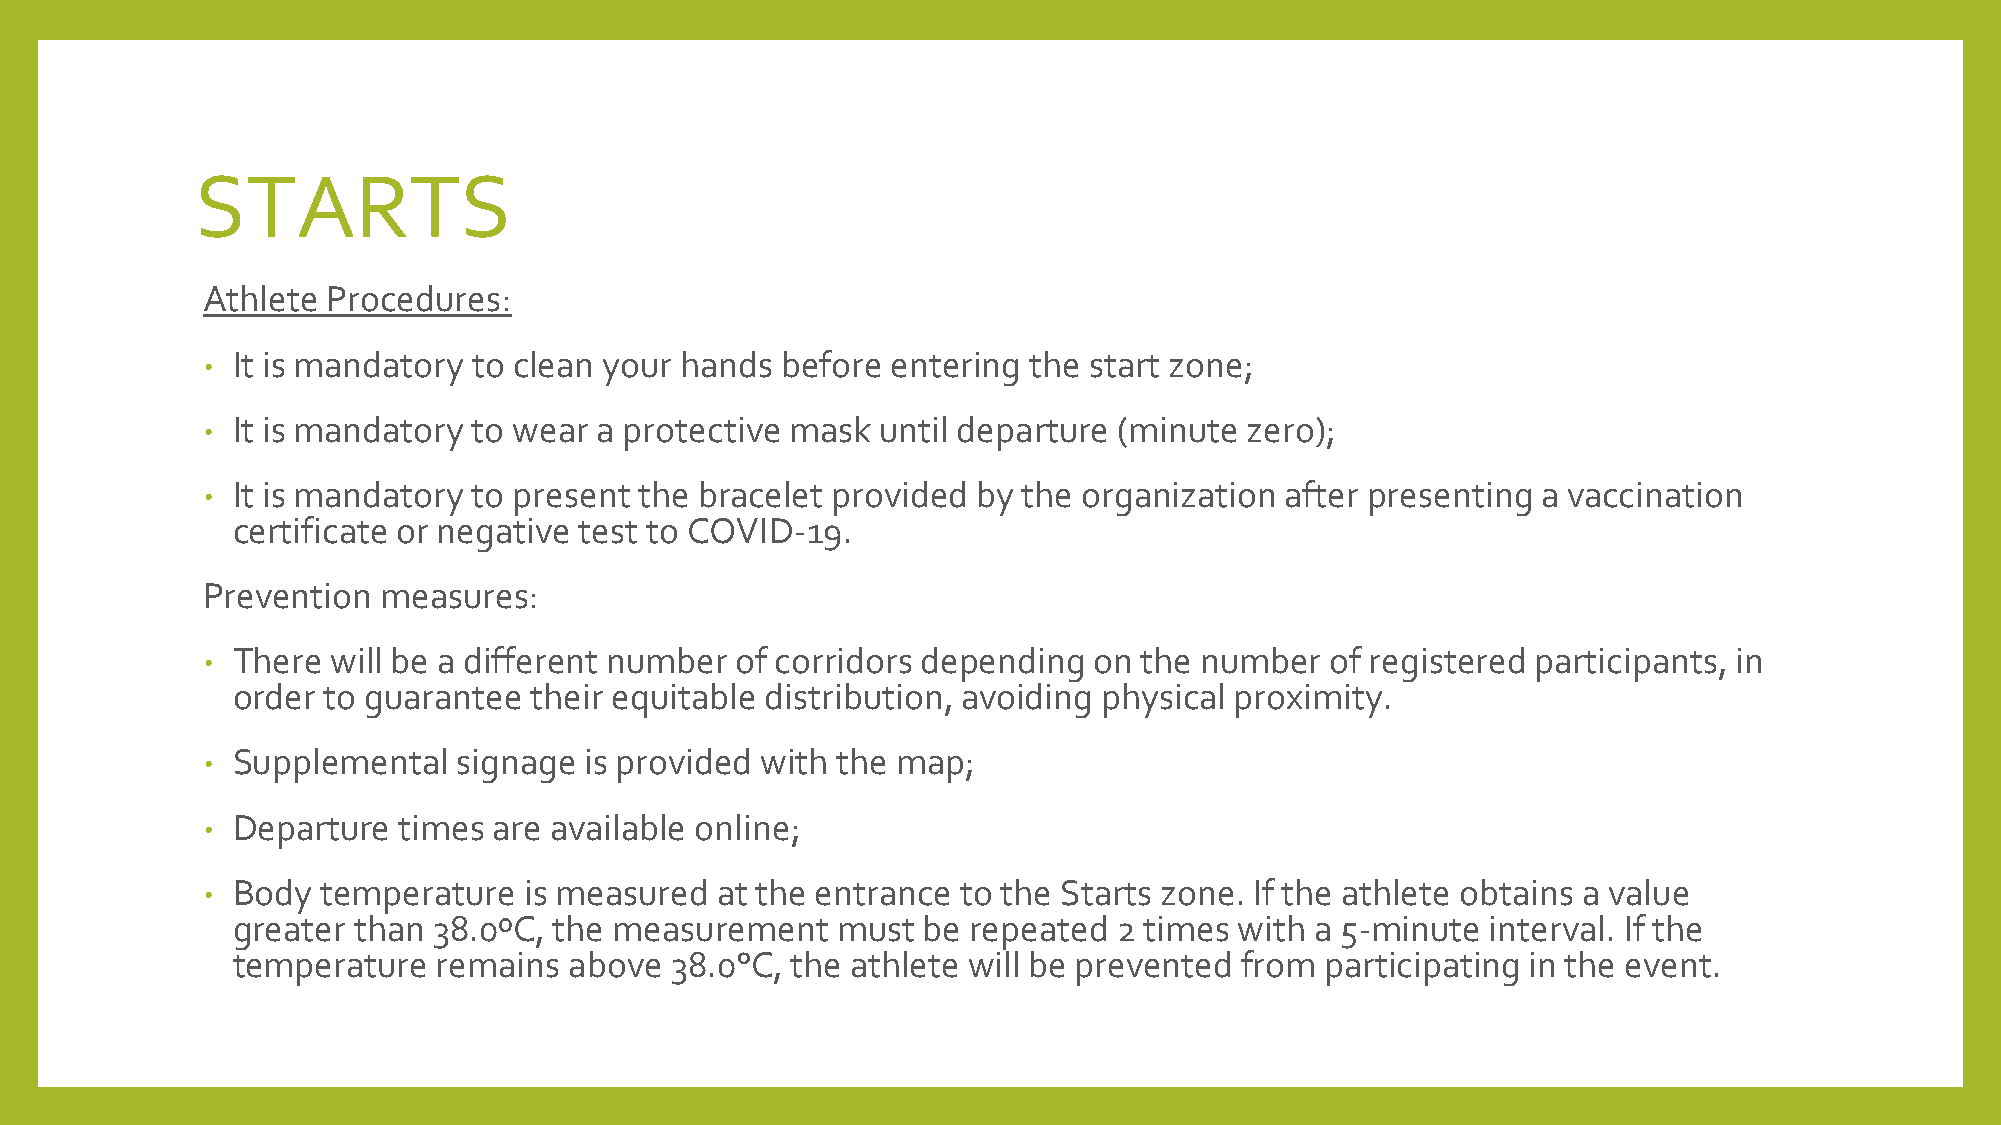
STARTS
 Athlete  Procedures:
 • It is mandatory to clean your hands  before entering the start zone;
 • It is mandatory to wear  a protective mask until departure (minute  zero);
 • It is mandatory to present the bracelet provided  by the organization after presenting a vaccination
 certificate or negative test to COVID-19.
 Prevention  measures:
 • There  will be a different number of corridors depending on  the number  of registered participants, in
 order to guarantee  their equitable distribution, avoiding physical proximity.
 • Supplemental   signage  is provided with the map;
 • Departure  times  are available online;
 • Body  temperature   is measured at the entrance  to the Starts zone. If the athlete obtains a value
 greater than  38.0ºC, the measurement   must  be repeated  2 times with a 5-minute  interval. If the
 temperature   remains  above 38.0°C, the athlete will be prevented from  participating in the event.